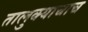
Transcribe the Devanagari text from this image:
तालुक्याचाच